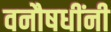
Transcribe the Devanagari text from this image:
वनौषधींनी